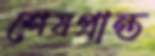
শেষপ্রান্ত